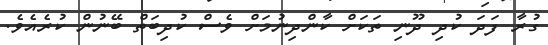
ގުރާ ފަދަ ކުދި ދޫނި ތަކަށް ކާންދިނުމަށް ވެސް ކުދިބަތް ބޭނުން ކުރެއެވެ.